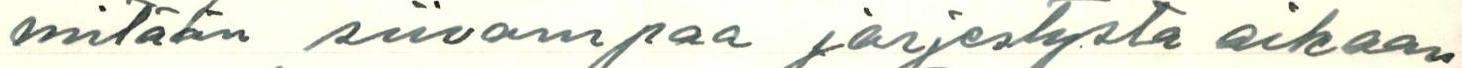
mitään siivompaa järjestystä aikaan